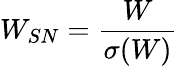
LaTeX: W_{SN}=\frac{W}{\sigma(W)}